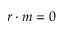
r \cdot m = 0